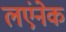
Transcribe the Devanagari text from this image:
लएंनेक